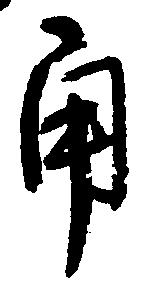
角